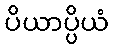
ပိယာပ္ပိယံ